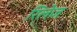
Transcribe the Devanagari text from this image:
रिलेज